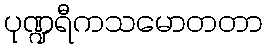
ပုဏ္ဍရီကသမောတတာ